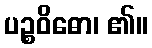
ပဉ္စဝိဓော၊ ၏။